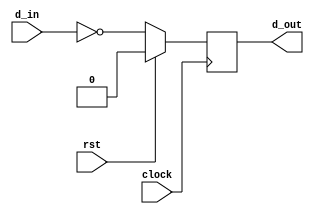
module single_inv_reg
(
    d_in,
    d_out,
    clock,
    rst
);
    input clock;
    input rst;
    input d_in;

    reg d_d;

    output d_out;

    always @ (posedge clock)
        if(rst)
            d_d <= 1'b0;
        else
            d_d <= ~d_in;


    assign d_out = d_d;

endmodule